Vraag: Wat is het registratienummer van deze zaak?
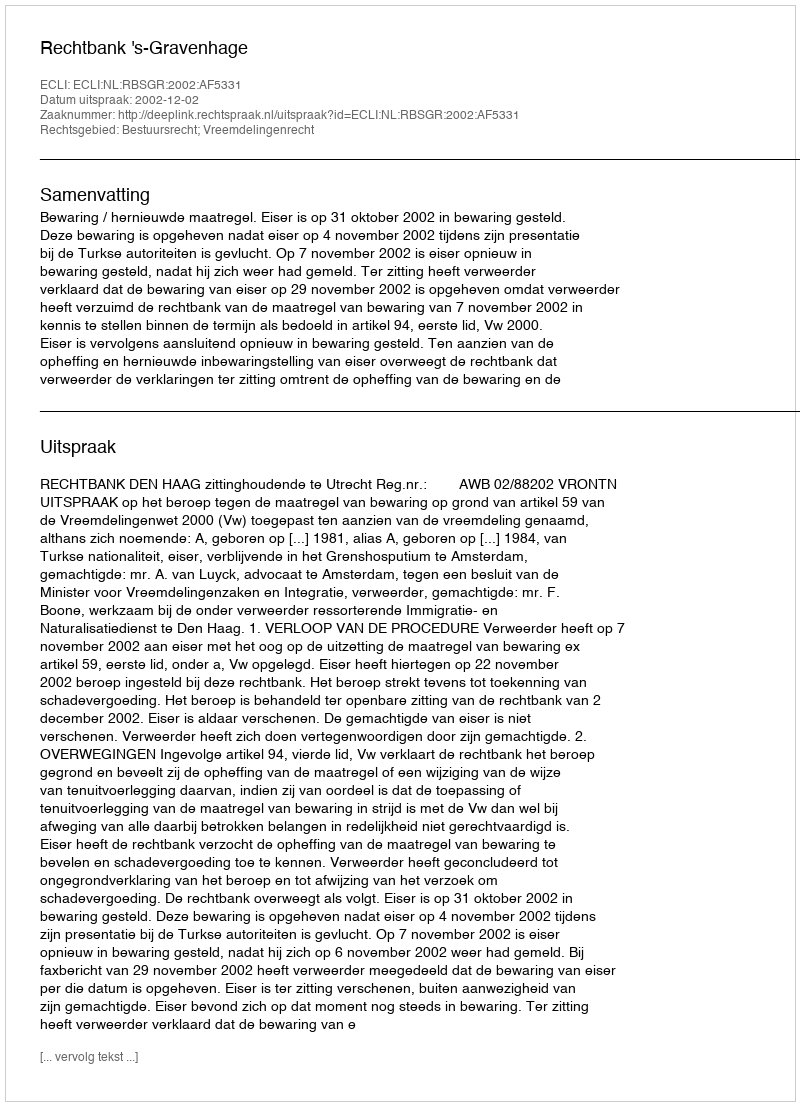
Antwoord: http://deeplink.rechtspraak.nl/uitspraak?id=ECLI:NL:RBSGR:2002:AF5331